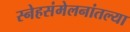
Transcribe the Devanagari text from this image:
स्नेहसंमेलनांतल्या